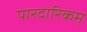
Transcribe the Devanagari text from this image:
पारदारिकम्